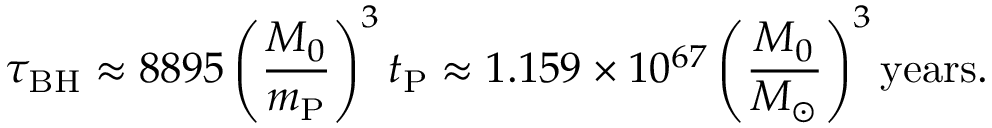
\tau _ { \mathrm { B H } } \approx 8 8 9 5 \left( \frac { M _ { 0 } } { m _ { \mathrm { P } } } \right) ^ { 3 } t _ { \mathrm { P } } \approx 1 . 1 5 9 \times 1 0 ^ { 6 7 } \left( \frac { M _ { 0 } } { M _ { \odot } } \right) ^ { 3 } \mathrm { y e a r s } .